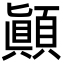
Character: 顚